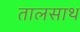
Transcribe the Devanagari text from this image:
तालसाथ